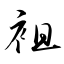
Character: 袒